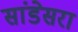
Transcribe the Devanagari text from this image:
सांडेसरा